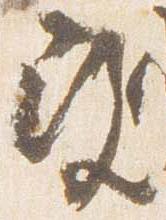
改